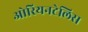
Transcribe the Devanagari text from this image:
ओरियनटेलिस